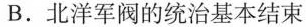
B.北洋军阀的统治基本结束